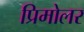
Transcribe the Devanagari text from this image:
प्रिमोलर